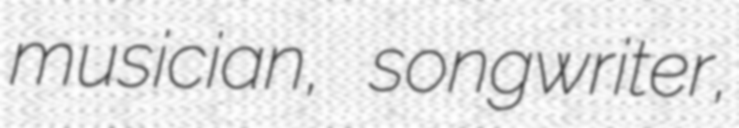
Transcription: musician, songwriter,